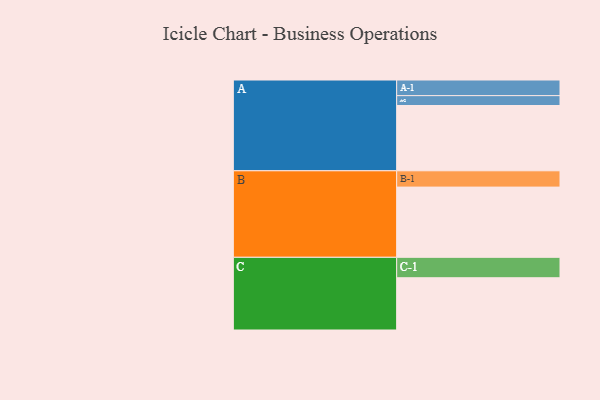
{"axis": {"x": "Segment", "y": "Value"}, "legend": ["", "A", "B", "C"], "data": [{"x": "A", "y": 476, "type": ""}, {"x": "B", "y": 512, "type": ""}, {"x": "C", "y": 381, "type": ""}, {"x": "A-1", "y": 114, "type": "A"}, {"x": "A-2", "y": 72, "type": "A"}, {"x": "B-1", "y": 119, "type": "B"}, {"x": "C-1", "y": 149, "type": "C"}]}